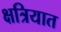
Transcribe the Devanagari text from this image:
क्षत्रियात